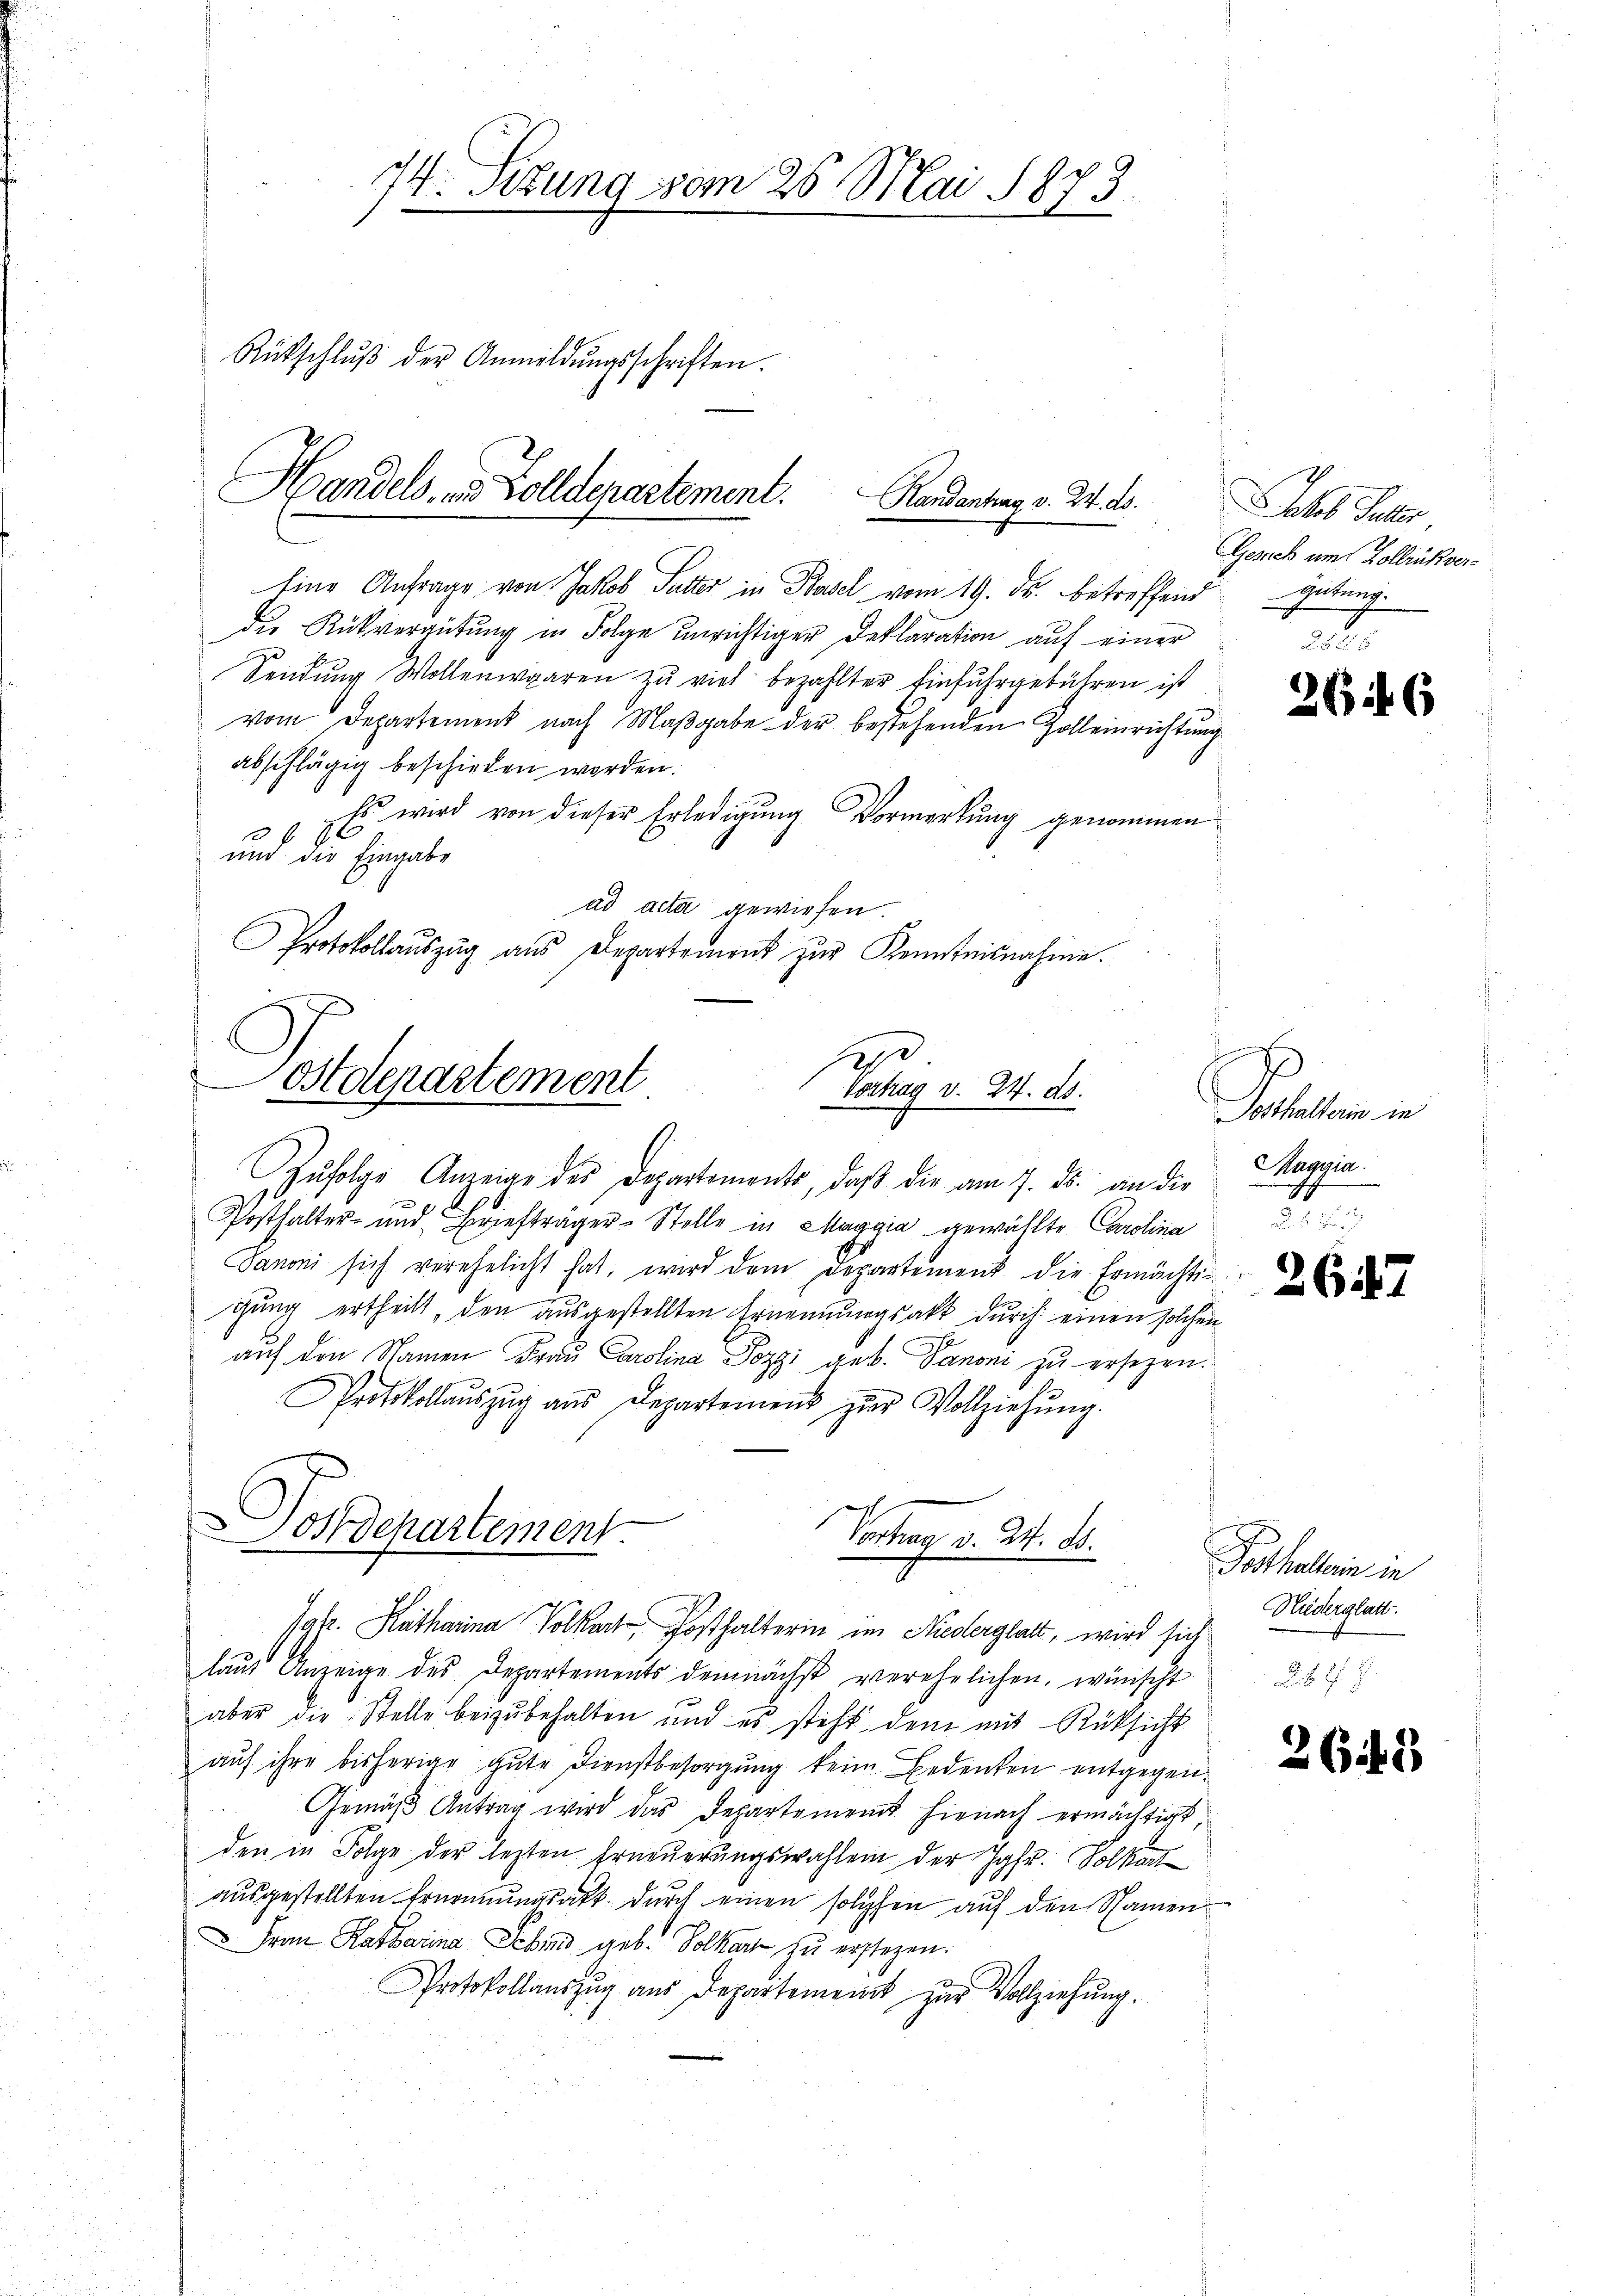
74. Sizung vom 26. Mai 1873.

Rückschlŭβ der Anmeldŭngsschriften.
Eine Anfrage von Jakob Sutter in Basel vom 19. ds. betreffend
die Rückvergütung in Folge unrichtiger Deklaration auf einer
Sendung Wollenwaaren zu viel bezahlter Einfuhrgebühren ist
vom Departement nach Maßgabe der bestehenden Zolleinrichte
abschlägig beschieden worden.
Es wird von dieser Erledigung Vormerkung genommen
1
und die Eingabe
ad acta gewiesen.
Protokollaŭszŭg aŭs Departement zŭr Kenntnisnahme.
1
Postdepartement
Vortrag v. 24. ds.
Zŭfolge Anzeige des Departements, daβ die am 7. ds. an die
Posthalter- und Briefträger-Stelle in Maggia gewählte Carolina
Sanoni sich verehelicht hat, wird dem Departement die Ermächtig
gung ertheilt, den ausgestellten Ernennungsakt durch einen solchen
auf den Namen Frau Carolina Pozzi geb. Danoni zu ersezen.
Protokollaŭszŭg aŭs Departement zŭr Vollziehŭng.
Doschartement
Vochen v. M. D.

Handels- und Solldepartement. Handentrag v. M. D.

Jgfr. Katharina Volk osthalterin im Niederglatt, wird sich

eb Paler
Gesich um Kollrükvergütung.

laut Anzeige des Departements demnächst verehelichen, wünscht
aber die Stelle beizŭbehalten und es steht dem mit Rücksicht
auf ihre bisheriar gute Dienstbesorgung kein Bedenken entgegen¬
Gemäβ Antrag wird das Departement hienach ermächtigt,
den in Folge der lezten Erneuerungswahlen der Jgfr. Volkart
ausgestellten Ernennungsakt durch einen solchen auf den Namen¬
Frau Katharina Lehrs geb. Volker zu erstehen.
Protokollauszug aus Departement zur Vollziehung.

266

f
Posthalterin in
Koppin.

2647

Potthallein in
Niederglatt.

2645